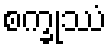
စက္ခုဿံ